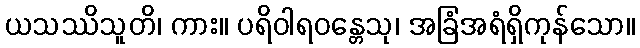
ယသဿိသူတိ၊ ကား။ ပရိဝါရဝန္တေသု၊ အခြံအရံရှိကုန်သော။